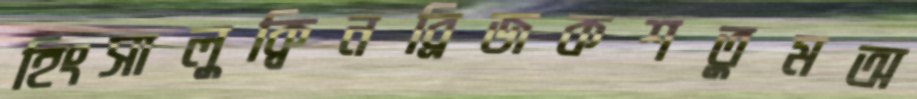
হিংসালুক্বিনব্রিজকশতুমঅ